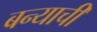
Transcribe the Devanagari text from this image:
बन्याची